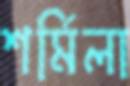
শর্মিলা